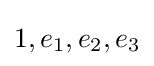
1,e_{1},e_{2},e_{3}